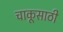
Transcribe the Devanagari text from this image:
चाकूसाठी